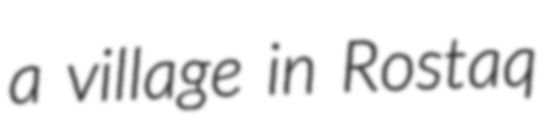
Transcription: a village in Rostaq